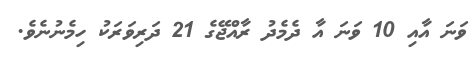
ވަނަ އާއި 10 ވަނަ އާ ދެމެދު ރާއްޖޭގެ 21 ދަރިވަރަކު ހިމެނުނެވެ.